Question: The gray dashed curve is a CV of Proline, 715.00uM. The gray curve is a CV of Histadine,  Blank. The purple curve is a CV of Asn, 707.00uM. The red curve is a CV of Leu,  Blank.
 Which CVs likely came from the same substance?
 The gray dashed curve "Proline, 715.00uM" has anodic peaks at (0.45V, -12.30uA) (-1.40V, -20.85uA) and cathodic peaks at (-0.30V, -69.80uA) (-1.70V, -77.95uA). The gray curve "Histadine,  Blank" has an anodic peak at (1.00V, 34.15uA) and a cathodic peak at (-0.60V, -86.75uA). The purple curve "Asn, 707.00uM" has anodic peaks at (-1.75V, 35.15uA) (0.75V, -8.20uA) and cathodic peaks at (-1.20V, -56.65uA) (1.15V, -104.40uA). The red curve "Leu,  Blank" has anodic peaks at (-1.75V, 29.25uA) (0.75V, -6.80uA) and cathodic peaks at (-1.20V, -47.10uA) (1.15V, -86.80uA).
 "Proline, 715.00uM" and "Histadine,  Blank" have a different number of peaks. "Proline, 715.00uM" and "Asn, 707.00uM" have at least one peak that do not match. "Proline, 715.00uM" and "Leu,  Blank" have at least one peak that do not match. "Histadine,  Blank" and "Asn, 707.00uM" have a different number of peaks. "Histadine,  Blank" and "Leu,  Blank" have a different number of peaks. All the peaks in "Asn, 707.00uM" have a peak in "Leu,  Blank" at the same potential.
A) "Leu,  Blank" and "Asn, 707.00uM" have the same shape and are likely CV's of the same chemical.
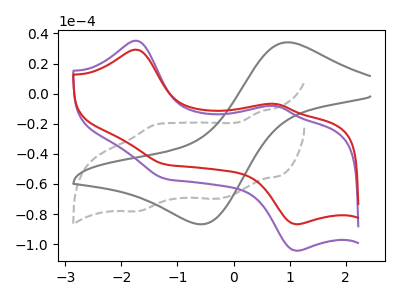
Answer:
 <answer>A) "Leu,  Blank" and "Asn, 707.00uM" have the same shape and are likely CV's of the same chemical.</answer>
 <eval>A</eval>